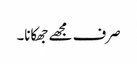
صرف مجھے جھکانا۔